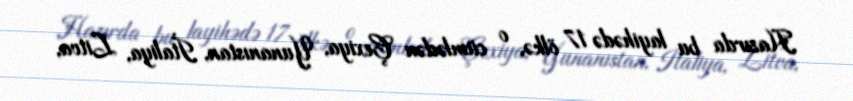
Hazırda bu layihədə 17 ölkə, o cümlədən Çexiya, Yunanıstan, İtaliya, Litva,